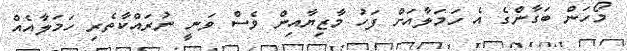
މޯހަން ބަގާންގެ އެ ހަމަލާއަށް ފަހު މާޒިޔާއިން ވެސް ވަނީ ނުރައްކާތެރި ހަމަލާއެއް